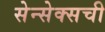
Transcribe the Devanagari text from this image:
सेन्सेक्सची